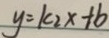
y = k _ { 2 } x + b